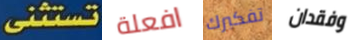
تستثنى افعلة تفكيرك وفقدان